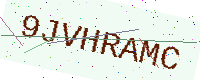
Text: 9JVHRAMC